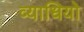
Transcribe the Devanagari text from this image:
व्याधियो